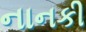
નાનકી